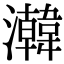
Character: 𬉧